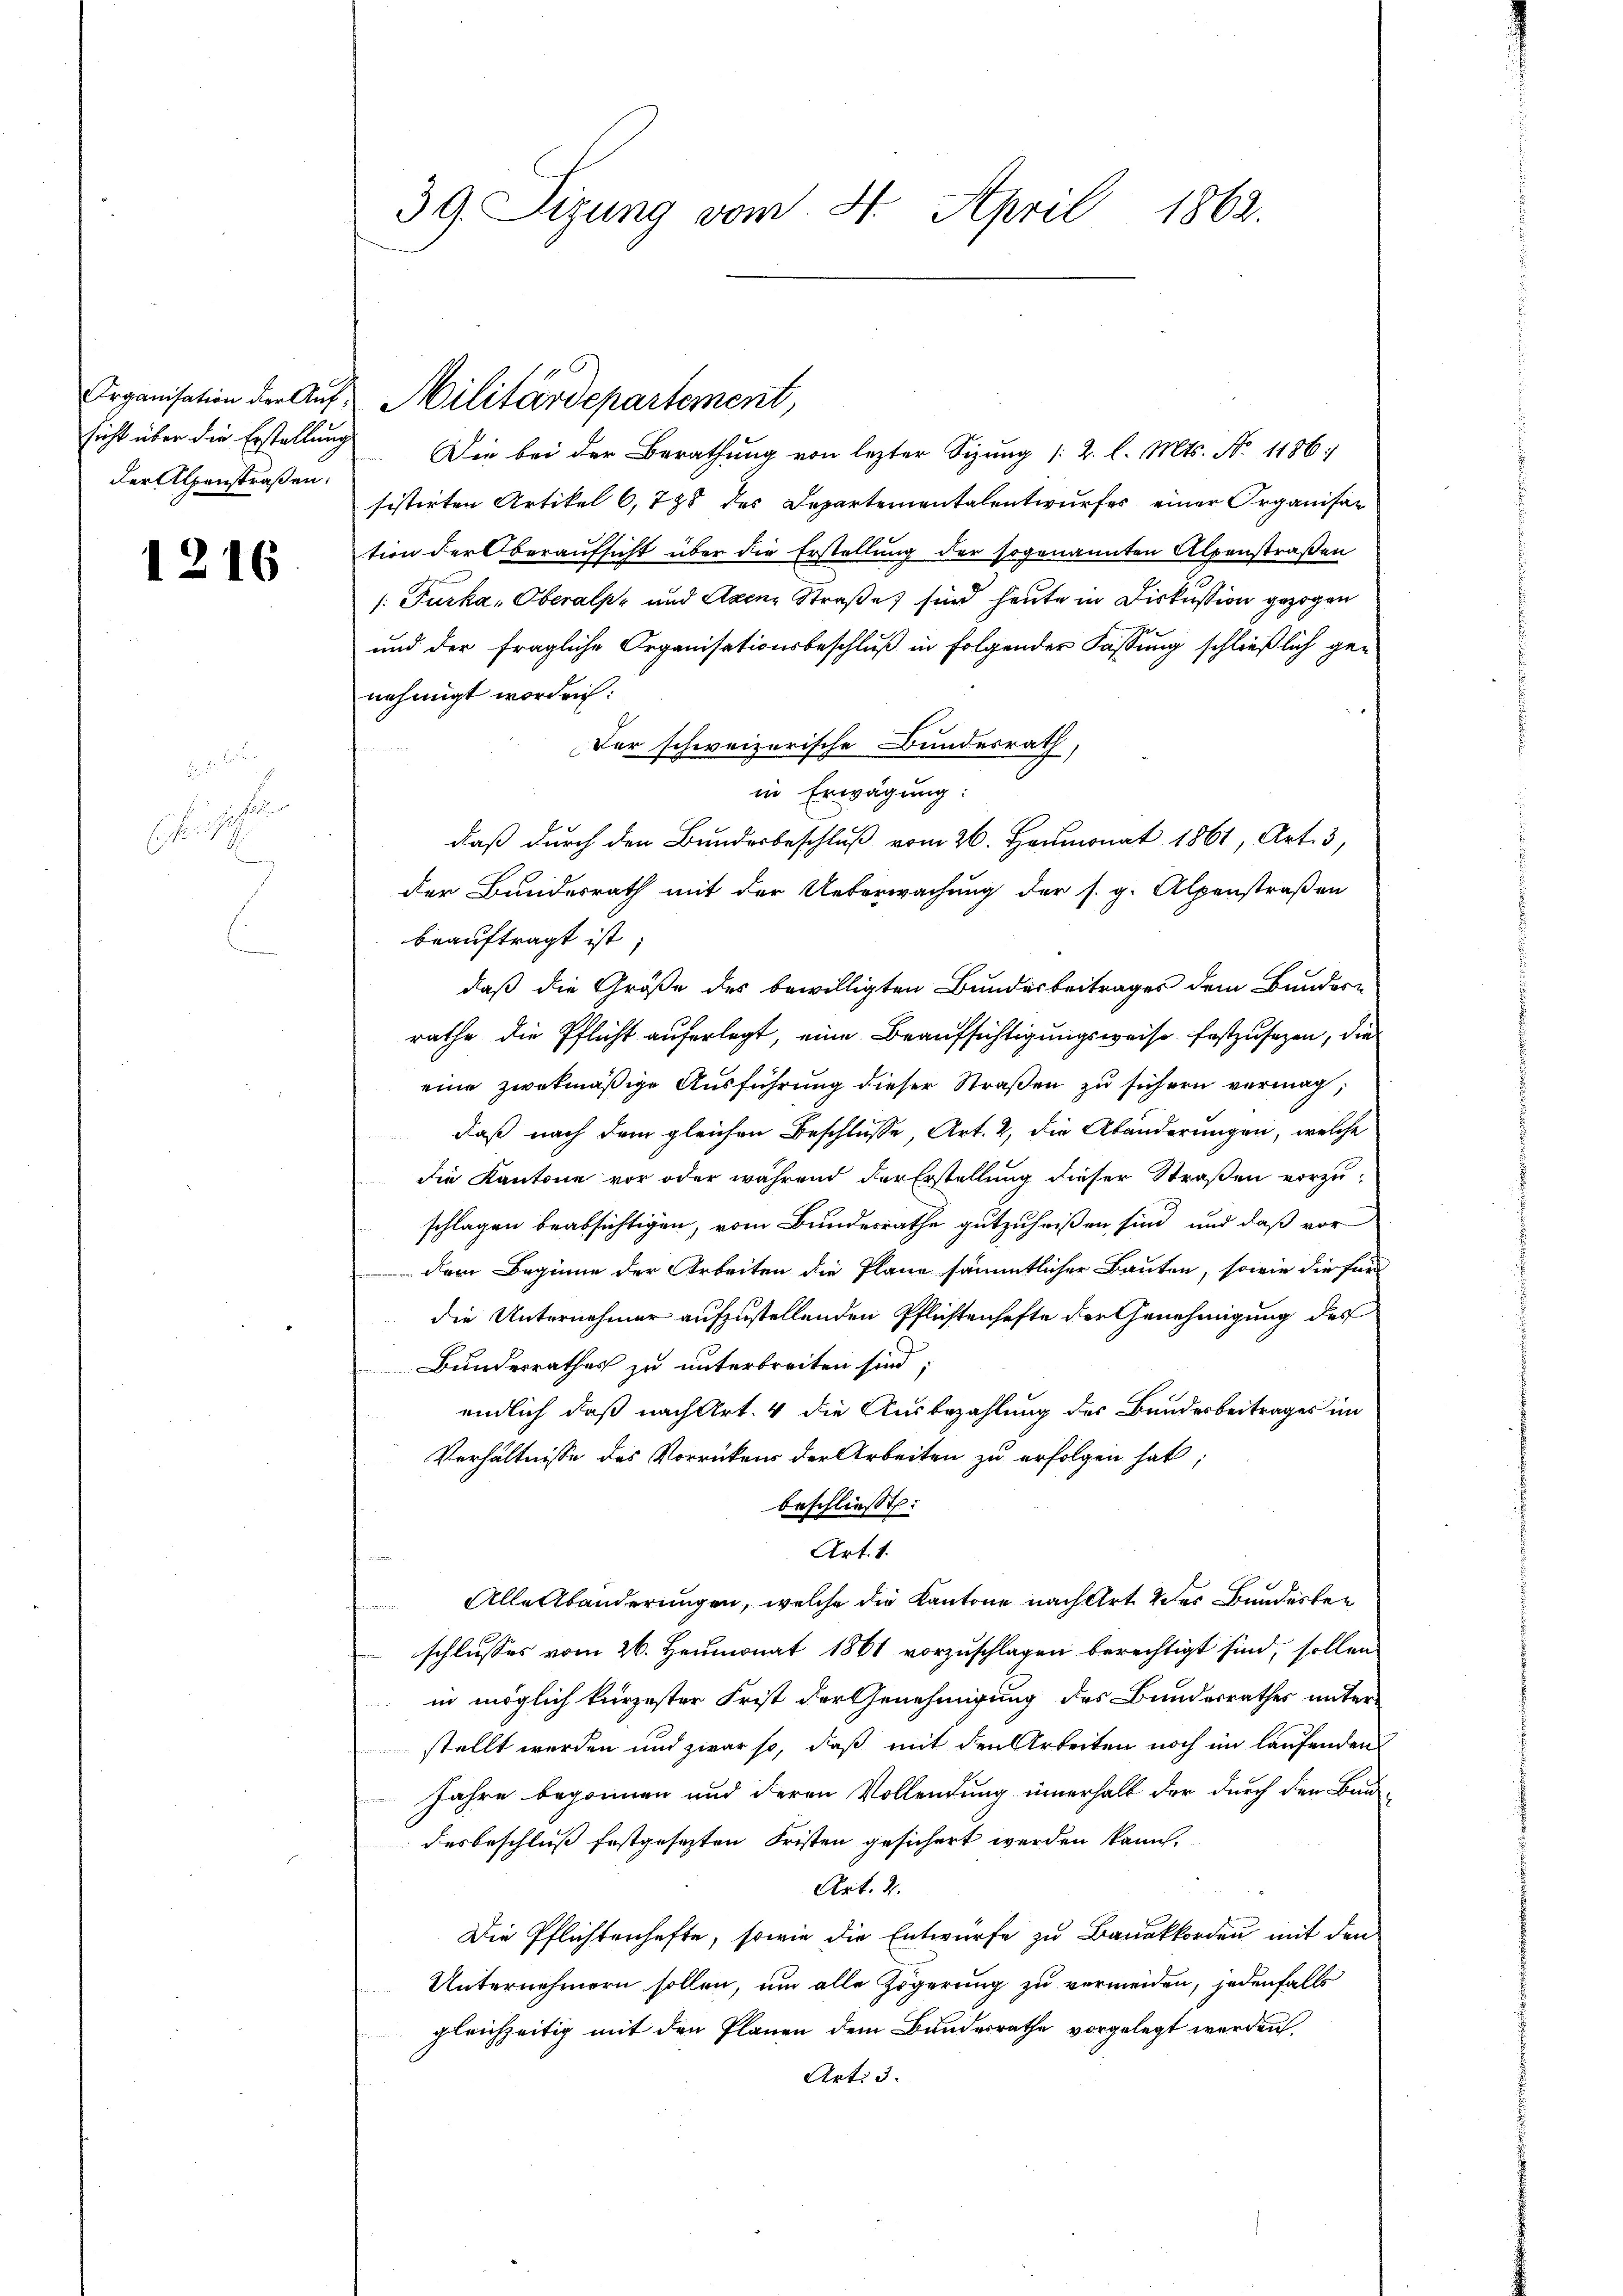
Organisation der Aufsicht über die Erstellung
der Alpenstraßen.

1216

fische
e

39. Sizung vom 4. April 1862.

Militärdepartement,

Die bei der Berathung von lezter Sitzung /: 2. l. Mts. No. 1186:
sistirten Artikel 6, 788 des Departementalentwurfes einer Organisar
tion der Oberaufsicht über die Erstellung der sogenannten Alpenstraßen
/. Furka, Oberalpe und Axenz Straße sind heute in Diskussion gezogen
und der fragliche Organisationsbeschluß in folgender Fassung schließlich ge-
nehmigt worden:
Der schweizerische Bundesrath,
.
in Erwägung:
daß durch den Bundesbeschluß vom 26. Heumonat 1861, Art. 3,
der Bundesrath mit der Ueberwachung der s. g. Alpenstraßen
beauftragt ist;
daß die Größe des bewilligten Bundesbeitrages dem Bundere
rathe die Pflicht auferlegt, eine Beaufsichtigungsweise festzusehen, die
eine zwekmäßige Ausführung dieser Straßen zu sichern vermag,
daß nach dem gleichen Beschlüsse, Art. 2, die Abänderungen, welche
die Kantone vor oder während der Erstellung dieser Straßen vorzu-
schlagen beabsichtigen, vom Bundesrathe gutzuheißen sind, und daß vor
dem Beginne der Arbeiten die Plane sämmtlicher Bauten, sowie die für
die Unternehmer aufzustellenden Pflichtenhafte der Genehmigung des
Bundesrathes zu unterbreiten sind;
endlich daß nach Art. 4 die Ausbezahlung des Bundesbeitrages im
Verhältnisse des Vorrückens der Arbeiten zu erfolgen hat;
beschließt:
Art. 1.
Allerbänderungen, welche die Kantone nach Art des Bunderten
schlusses vom 26. Heumonat 1861 vorzuschlagen berechtigt sind, sollen
in möglich kurzester Frist der Genehmigung des Bundesrathes unter-
stellt werden und zwar so, daß mit den Arbeiten noch im laufenden
Jahre begonnen und deren Vollendung innerhalt der durch den Bau-
desbeschluß festgesezten Fristen gesichert werden kann.
Art. 2.
Die Pflichtenhefte, sowie die Entwurfe zu Bauakkorden mit den
Unternehmern sollen, um alle Zögerung zu vermeiden, jedenfalls
gleichzeitig mit den Plänen dem Bundesrathe vorgelegt werden.
Art: 3.